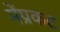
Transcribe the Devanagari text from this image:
मेंप्रकट